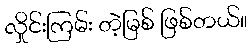
လှိုင်းကြမ်း တဲ့မြစ် ဖြစ်တယ်။